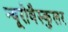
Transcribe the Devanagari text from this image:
न्यूरोवैस्कुलर